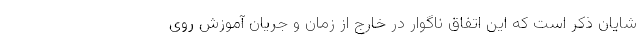
شایان ذکر است که این اتفاق ناگوار در خارج از زمان و جریان آموزش روی